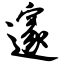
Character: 邃